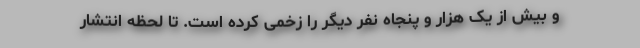
و بیش از یک هزار و پنجاه نفر دیگر را زخمی کرده است. تا لحظه انتشار